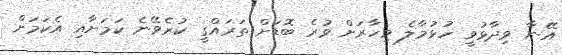
އޭނާ ވިދާޅުވީ ހުޅުމާލެ މިހާރަށް ވުރެ ބޮޑަށް ތަރައްގީ ކުރެވޭނެ ކަމަށާއި އެކަމަށް